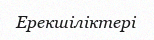
Ерекшіліктері